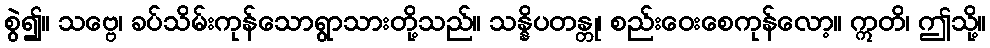
စွဲ၍။ သဗ္ဗေ၊ ခပ်သိမ်းကုန်သောရွာသားတို့သည်။ သန္နိပတန္တု၊ စည်းဝေးစေကုန်လော့။ ဣတိ၊ ဤသို့။